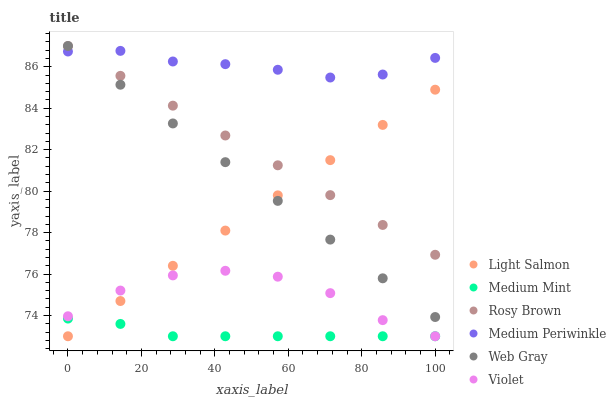
| xaxis_label | Light Salmon | Medium Mint | Rosy Brown | Medium Periwinkle | Web Gray | Violet |
 | --- | --- | --- | --- | --- | --- | --- |
 | 0 | 73 | 73.9 | 87 | 86.7 | 87 | 74 |
 | 14.3 | 74.7 | 73.6 | 85.6 | 86.8 | 85.1 | 75.2 |
 | 28.6 | 76.4 | 73 | 84.1 | 86.3 | 83.3 | 75.9 |
 | 42.9 | 78.1 | 73 | 82.7 | 86.1 | 81.4 | 76.2 |
 | 57.1 | 79.8 | 73 | 81.2 | 85.9 | 79.5 | 75.9 |
 | 71.4 | 81.5 | 73 | 79.8 | 85.5 | 77.7 | 75.1 |
 | 85.7 | 83.2 | 73 | 78.4 | 85.6 | 75.8 | 73.8 |
 | 100 | 84.9 | 73 | 76.9 | 86.4 | 73.9 | 73 |